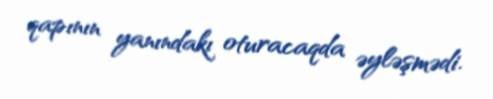
qapının yanındakı oturacaqda əyləşmədi.